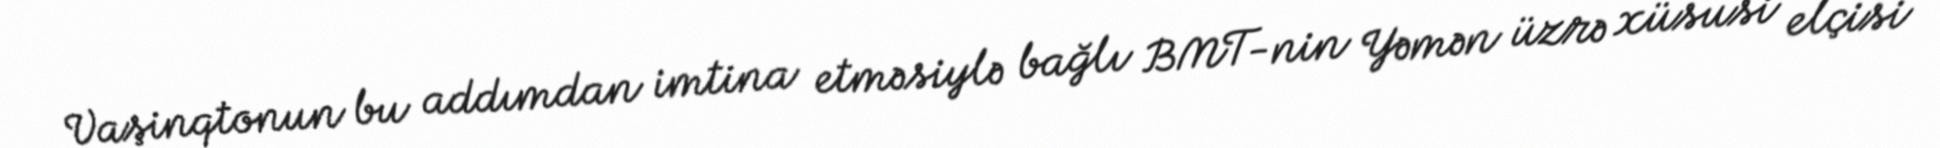
Vaşinqtonun bu addımdan imtina etməsiylə bağlı BMT-nin Yəmən üzrə xüsusi elçisi